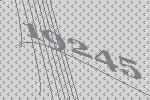
19245